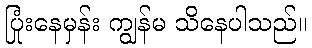
ပြုံးနေမှန်း ကျွန်မ သိနေပါသည်။